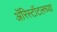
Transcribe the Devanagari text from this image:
ॲरिस्टॉटलच्या